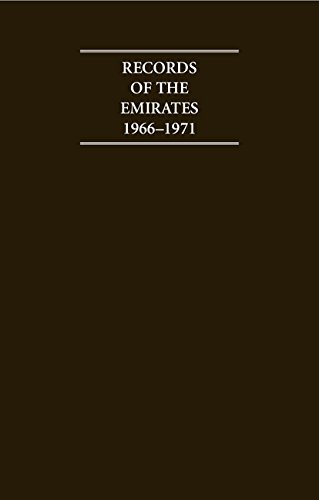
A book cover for Records of the Emirates 1966-1971 6 Volume Set (Cambridge Archive Editions); History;